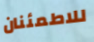
للاطمئنان